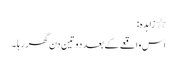
٭ زاہدہ:
اس واقعے کے بعد دو تین دن گھر رہا ۔